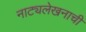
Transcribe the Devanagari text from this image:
नाट्यलेखनाची